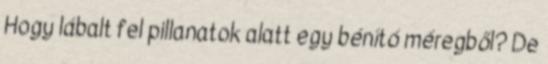
Hogy lábalt fel pillanatok alatt egy bénító méregből? De